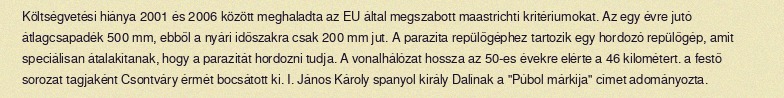
Költségvetési hiánya 2001 és 2006 között meghaladta az EU által megszabott maastrichti kritériumokat. Az egy évre jutó átlagcsapadék 500 mm, ebből a nyári időszakra csak 200 mm jut. A parazita repülőgéphez tartozik egy hordozó repülőgép, amit speciálisan átalakítanak, hogy a parazitát hordozni tudja. A vonalhálózat hossza az 50-es évekre elérte a 46 kilométert. a festő sorozat tagjaként Csontváry érmét bocsátott ki. I. János Károly spanyol király Dalínak a "Púbol márkija" címet adományozta.